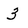
Character: 3